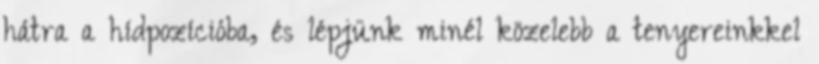
hátra a hídpozícióba, és lépjünk minél közelebb a tenyereinkkel